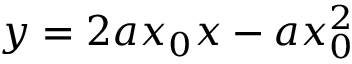
y = 2 a x _ { 0 } x - a x _ { 0 } ^ { 2 }